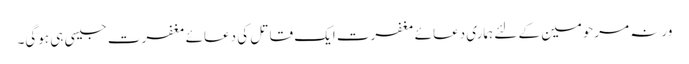
ورنہ مرحومین کے لئے ہماری دعائے مغفرت ایک قاتل کی دعائے مغفرت جیسی ہی ہوگی۔